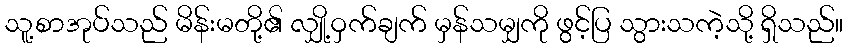
သူ့စာအုပ်သည် မိန်းမတို့၏ လျှို့ဝှက်ချက် မှန်သမျှကို ဖွင့်ပြ သွားသကဲ့သို့ ရှိသည်။